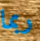
ربما